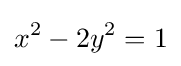
x^{2}-2y^{2}=1